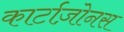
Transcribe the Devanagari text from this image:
कार्टाज़ोनस